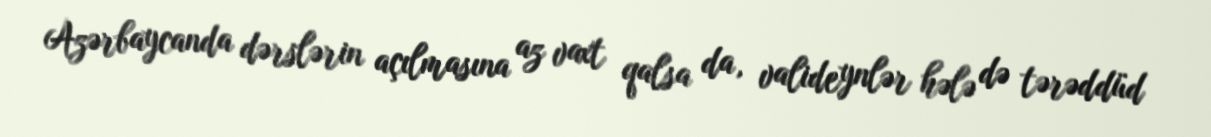
Azərbaycanda dərslərin açılmasına az vaxt qalsa da, valideynlər hələ də tərəddüd